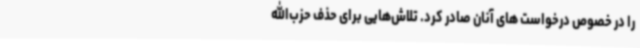
را در خصوص درخواست های آنان صادر کرد. تلاش‌هایی برای حذف حزب‌الله